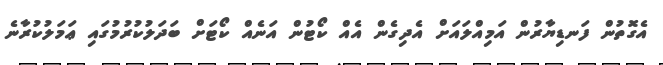
އެގޮތުން ފަނޑިޔާރުން އަމިއްލައަށް އެދިގެން އެއް ކޯޓުން އަނެއް ކޯޓަށް ބަދަލުކުރުމުގައި ޢަމަލުކުރާނެ